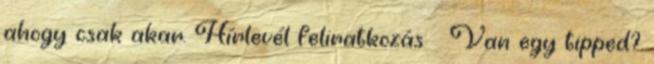
ahogy csak akar. Hírlevél feliratkozás Van egy tipped?